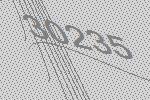
30235